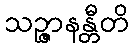
သဉ္ဇာနန္တီတိ